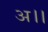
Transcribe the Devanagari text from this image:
अ।।